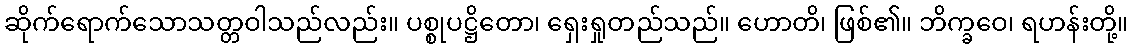
ဆိုက်ရောက်သောသတ္တဝါသည်လည်း။ ပစ္စုပဋ္ဌိတော၊ ရှေးရှုတည်သည်။ ဟောတိ၊ ဖြစ်၏။ ဘိက္ခဝေ၊ ရဟန်းတို့။